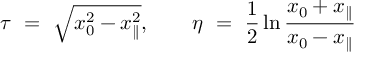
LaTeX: \tau \ = \ \sqrt { x _ { 0 } ^ { 2 } - x _ { \parallel } ^ { 2 } } , \qquad \eta \ = \ \frac { 1 } { 2 } \ln \frac { x _ { 0 } + x _ { \parallel } } { x _ { 0 } - x _ { \parallel } }